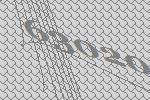
63020